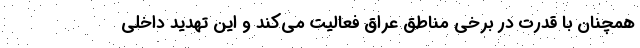
همچنان با قدرت در برخی مناطق عراق فعالیت می‌کند و این تهدید داخلی